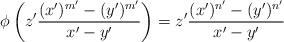
LaTeX: \begin{align*}\phi\left( z'\frac{(x')^{m'}-(y')^{m'}}{x'-y'}\right)=z'\frac{(x')^{n'}-(y')^{n'}}{x'-y'}\end{align*}